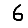
Digit: 6